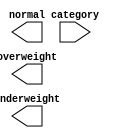
/*--  *******************************************************
--  Computer Architecture Course, Laboratory Sources 
--  Amirkabir University of Technology (Tehran Polytechnic)
--  Department of Computer Engineering (CE-AUT)
--  https://ce[dot]aut[dot]ac[dot]ir
--  *******************************************************
--  All Rights reserved (C) 2020-2021
--  *******************************************************
--  Student ID  : 
--  Student Name: 
--  Student Mail: 
--  *******************************************************
--  Additional Comments:
--
--*/

/*-----------------------------------------------------------
---  Module Name: comparator 
-----------------------------------------------------------*/
`timescale 1 ns/1 ns
module comparator(
 category,
 overweight,
 normal,
 underweight);
  input [7:0] category;
  output overweight;
  output normal;
  output underweight;
 // write your code here, please.
endmodule